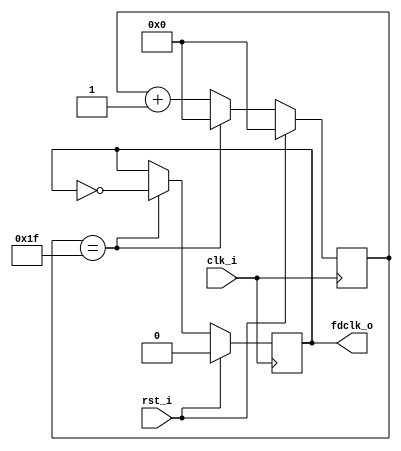
`timescale 1ns / 1ps

module freq_div
    #(parameter FREQ_DIV = 32)
(
    input clk_i,
    input rst_i,
    output reg fdclk_o
);

    localparam CNT_WIDTH = $clog2(FREQ_DIV);
    
    reg [CNT_WIDTH-1:0] cnt_ff;
    wire [CNT_WIDTH-1:0] cnt_next;
    
    assign cnt_next = (cnt_ff == FREQ_DIV - 1) ? {CNT_WIDTH{1'b0}} : cnt_ff + 1'b1;
    
    always @(posedge clk_i) begin
        if (rst_i) begin
            cnt_ff <= {CNT_WIDTH{1'b0}};
        end else begin
            cnt_ff <= cnt_next;
        end
    end
    
    always @(posedge clk_i) begin
        if (rst_i) begin
            fdclk_o <= 0;
        end else if (cnt_ff == FREQ_DIV - 1) begin
            fdclk_o <= ~fdclk_o;
        end
    end

endmodule